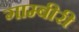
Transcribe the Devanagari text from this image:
गाम्बीरी